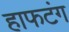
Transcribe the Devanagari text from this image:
हाफटंग